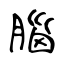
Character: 腦